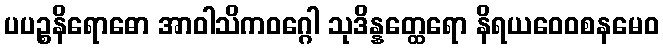
ပပဉ္စနိရောဓော အာဝါသိကဝဂ္ဂေါ သုဒိန္နတ္ထေရော နိရယဝေဝစနမေဝ